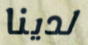
لدينا